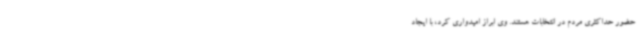
حضور حداکثری مردم در انتخابات هستند. وی ابراز امیدواری کرد، با ایجاد